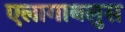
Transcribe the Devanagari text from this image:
एलागाबलुस